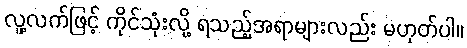
လူ့လက်ဖြင့် ကိုင်သုံးလို့ ရသည့်အရာများလည်း မဟုတ်ပါ။